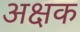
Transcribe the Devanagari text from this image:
अक्षक